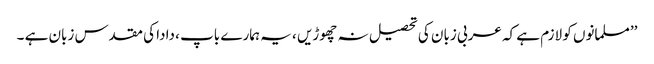
’’مسلمانوں کو لازم ہے کہ عربی زبان کی تحصیل نہ چھوڑیں ، یہ ہمارے باپ ، دادا کی مقدس زبان ہے ۔